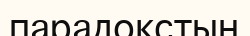
парадокстың